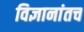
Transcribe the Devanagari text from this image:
विज्ञानांतच